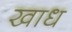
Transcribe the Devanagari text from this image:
खाध